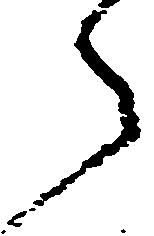
々